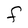
Character: F